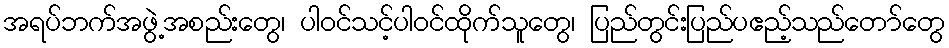
အရပ်ဘက်အဖွဲ့အစည်းတွေ၊ ပါဝင်သင့်ပါဝင်ထိုက်သူတွေ၊ ပြည်တွင်းပြည်ပဧည့်သည်တော်တွေ